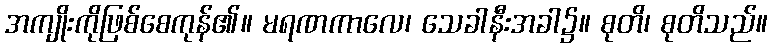
အကျိုးကိုဖြစ်စေကုန်၏။ မရဏကာလေ၊ သေခါနီးအခါ၌။ စုတိ၊ စုတိသည်။